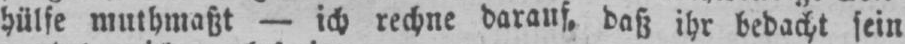
hülfe muthmaßt - ich rechne darauf, daß ihr bedacht sein